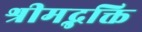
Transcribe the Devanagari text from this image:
श्रीमद्भक्ति